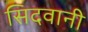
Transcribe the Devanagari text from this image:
सिदवानी